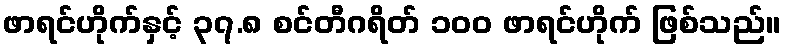
ဖာရင်ဟိုက်နှင့် ၃၇.၈ စင်တီဂရိတ် ၁၀၀ ဖာရင်ဟိုက် ဖြစ်သည်။